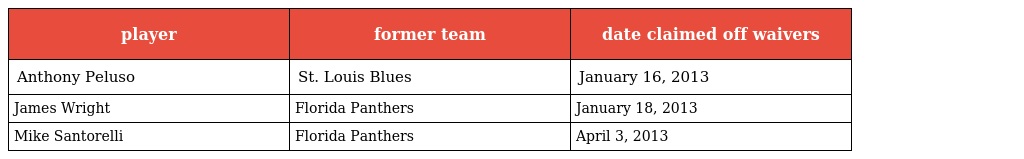
| player | former team | date claimed off waivers |
 | --- | --- | --- |
 | Anthony Peluso | St. Louis Blues | January 16, 2013 |
 | James Wright | Florida Panthers | January 18, 2013 |
 | Mike Santorelli | Florida Panthers | April 3, 2013 |